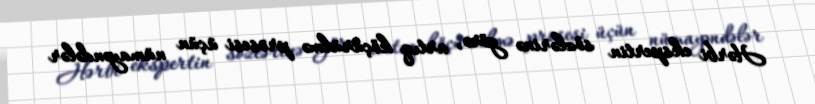
Hərbi ekspertin sözlərinə görə, artıq köçürülmə prosesi üçün nümayəndələr